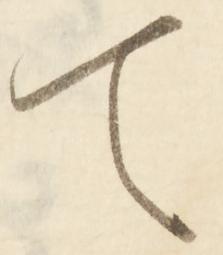
て